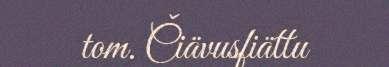
tom. Čiävusfiättu